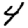
Digit: 4